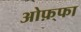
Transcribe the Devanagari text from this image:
ओफ़्फा